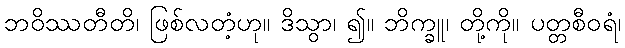
ဘဝိဿတီတိ၊ ဖြစ်လတံ့ဟု။ ဒိသွာ၊ ၍။ ဘိက္ခူ၊ တို့ကို။ ပတ္တစီဝရံ၊